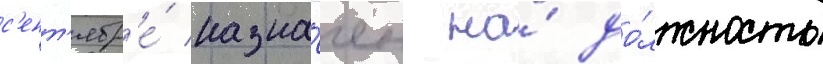
с'ент'ябр'е́ назна́чен на́ до́лжность